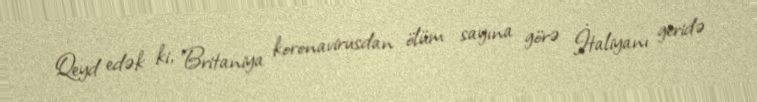
Qeyd edək ki, Britaniya koronavirusdan ölüm sayına görə İtaliyanı geridə